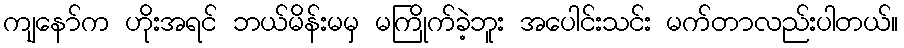
ကျနော်က ဟိုးအရင် ဘယ်မိန်းမမှ မကြိုက်ခဲ့ဘူး အပေါင်းသင်း မက်တာလည်းပါတယ်။